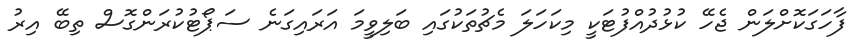
ފާހަގަކޮށްލަން ޖެހޭ ކުޅުދުއްފުޓަކީ މިކަހަލަ މެޗުތަކުގައި ބަލިވީމަ އަރައިގަނެ ސަޕޯޓުކުރަންގޮސް ތިބޭ އިރު